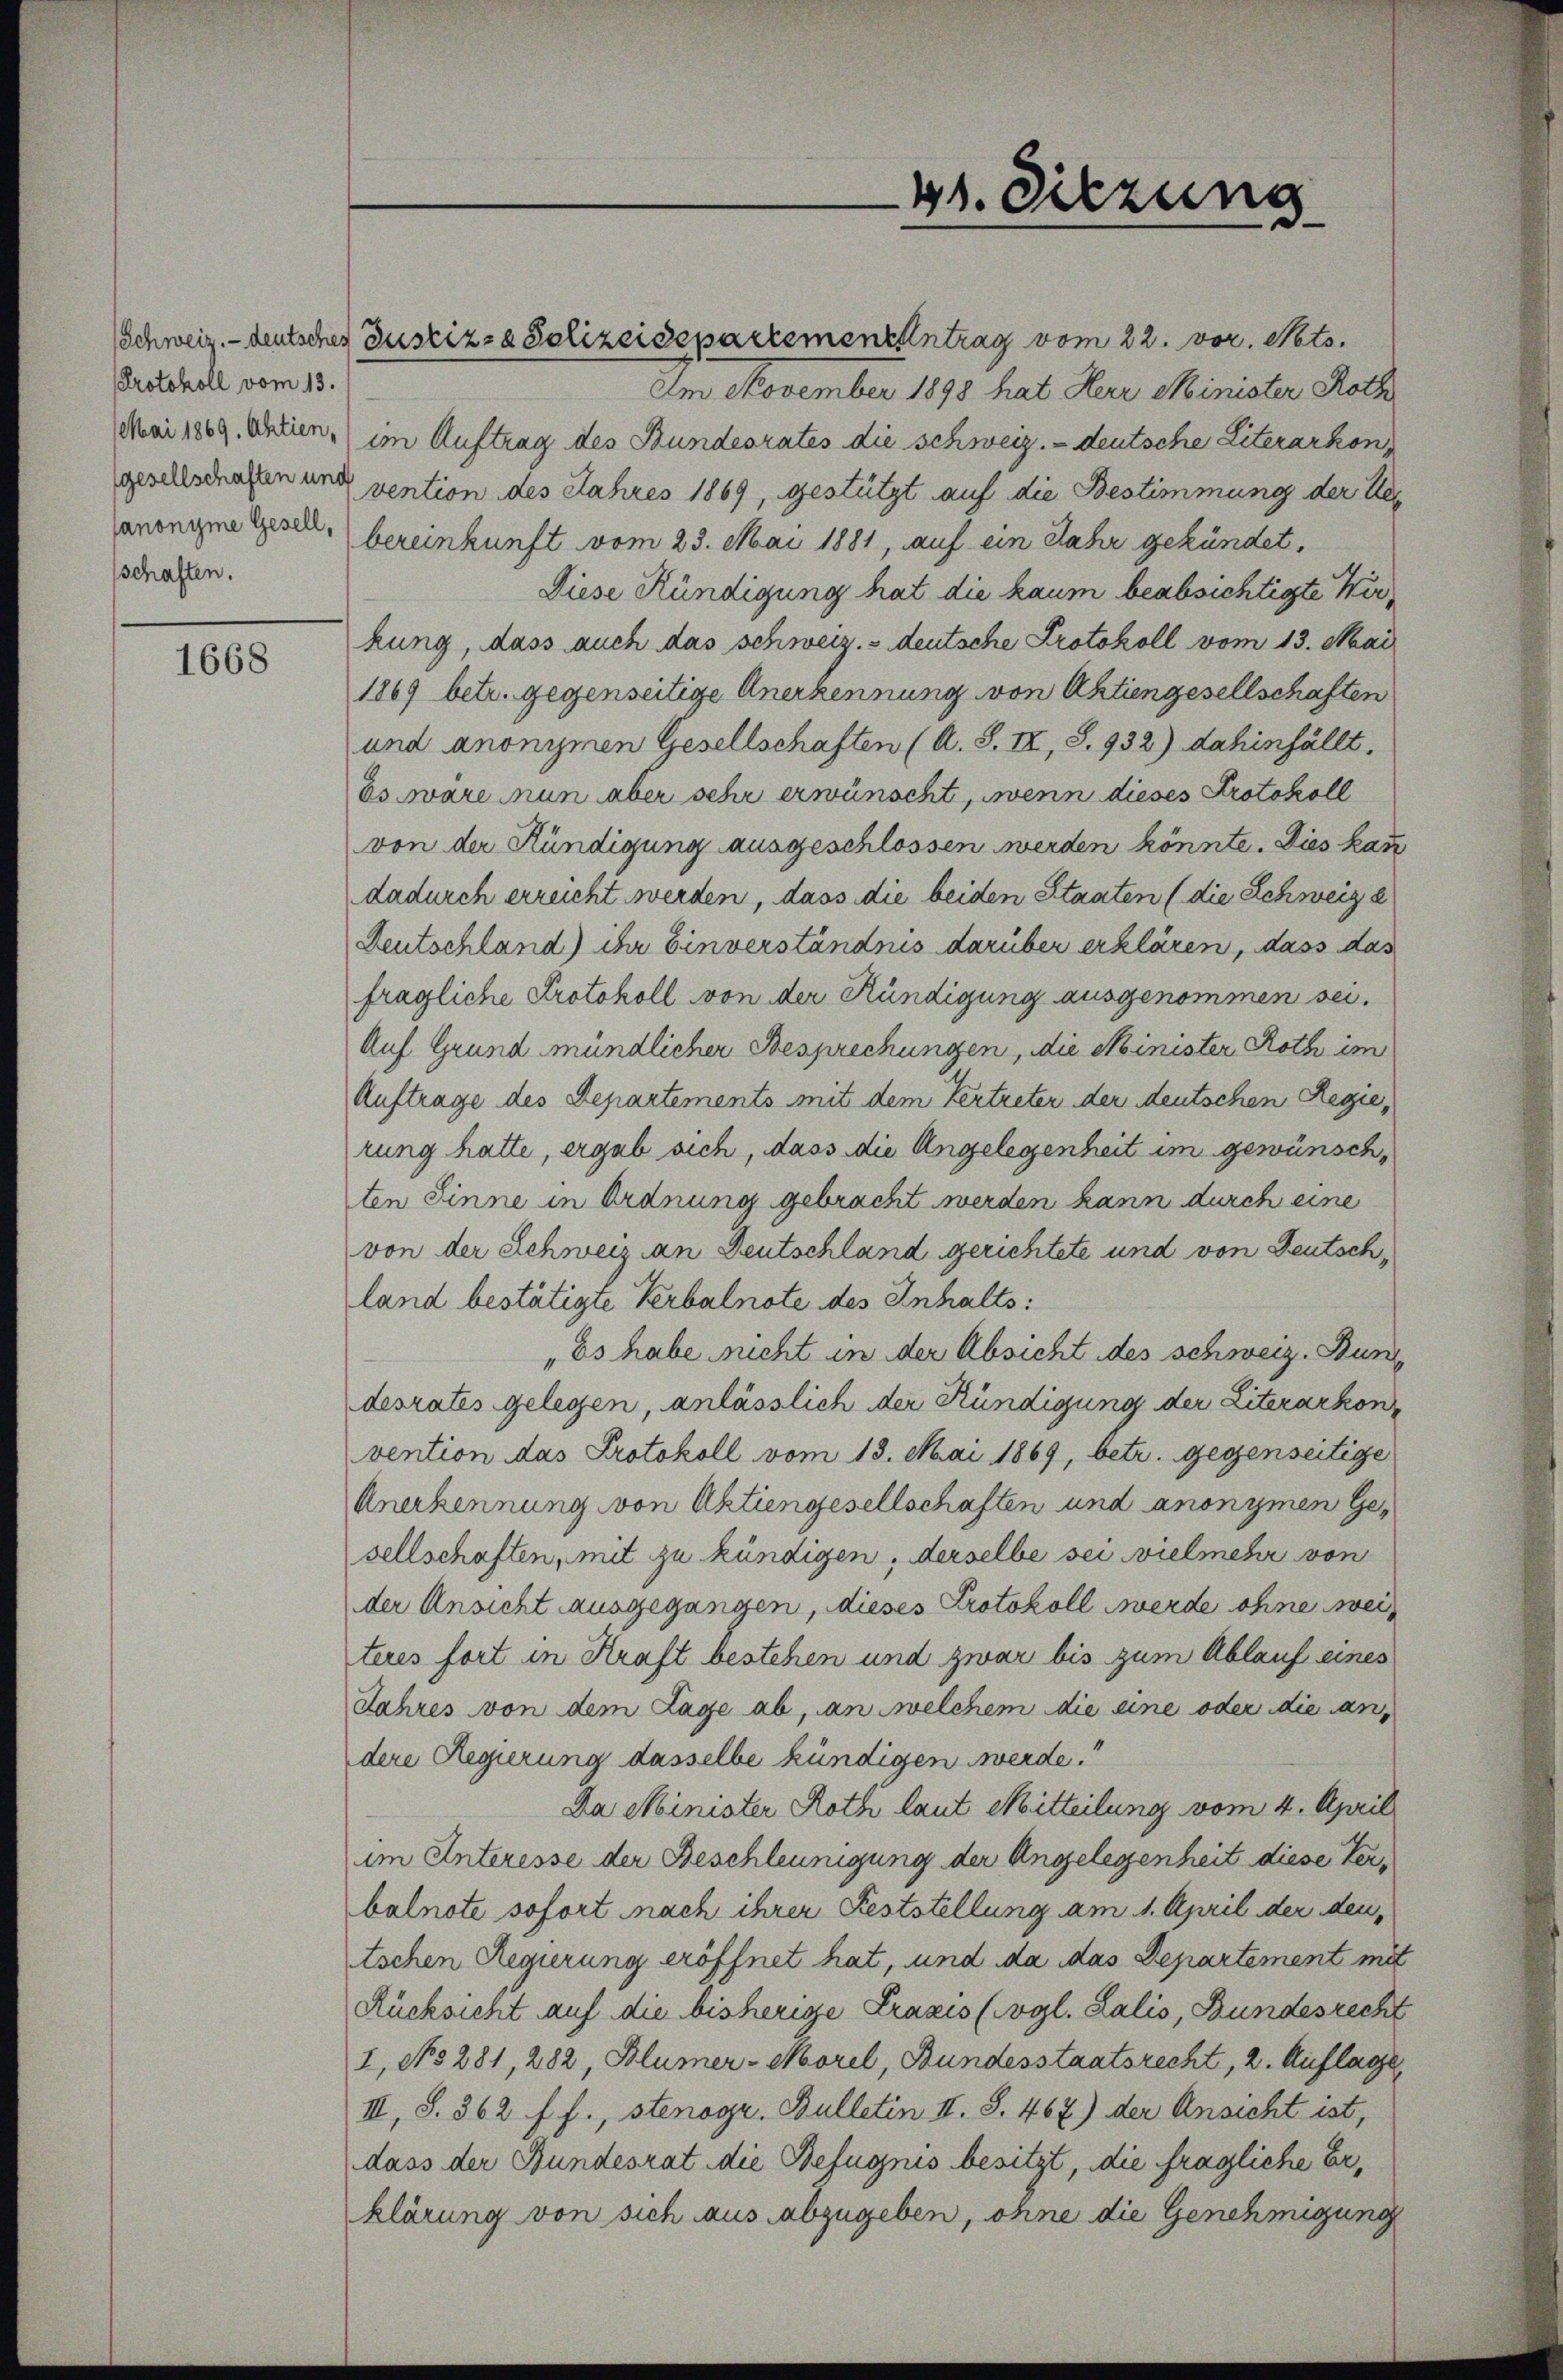
Protokoll vom 13.
schaften.

1668

SSchweiz.- deutsches Zustiz- & Polizeidepartementantrag vom 22. vor. Nots.
Am November 1898 hat Herr Minister Roth
Mai 1869. Aktien, (im Auftrag des Bundesrates die schweiz. - deutsche Literarkongesellschafen und vention des Jahres 1869, gestützt auf die Bestimmung der Her
anonyme Gesel, bereinkunft vom 23. Mai 1881, auf ein Jahr gekündet.
Diese Kündigung hat die kaum beabsichtigte Werkung, dass auch das schweiz. - deutsche Protokoll vom 13. Mai
1869 betr. gegenseitige Anerkennung von Aktiengesellschaften
und anonismen Gesellschaften (A. S. IX, S. 932) dahinfällt.
Es wäre nun aber sehr erwünscht, wenn dieses Protokoll
von der Kündigung ausgeschlossen werden könnte. Dies kan
dadurch erreicht werden, dass die beiden Staaten (die Schweiz e
Deutschland) ihr Einverständnis darüber erklären, dass das
fragliche Protokoll von der Kündigung ausgenommen sei.
Auf Grund mündlicher Besprechungen, die Minister Roth im
Zuftrage des Departements mit dem Vertreter der deutschen Regie
rung hatte, ergab sich, dass die Angelegenheit im gewünschten Sinne in Ordnung gebracht werden kann durch eine
von der Schweiz an Deutschland gerichtete und von Deutschland bestätigte Verbalnote des Inhalts:
Es habe nicht in der Absicht des schweiz. Bun
desrates gelegen, anlässlich der Kündigung der Literarkonvention das Protokoll vom 13. Mai 1869, betr. gegenseitige
Anerkennung von Aktiengesellschaften und anonymen Gesellschaften, mit zu kündigen, derselbe sei vielmehr von
der Ansicht ausgegangen, dieses Protokoll werde ohne wei
teres fort in Kraft bestehen und zwar bis zum Ablauf eines
Jahres von dem Lage ab, an welchem die eine oder die andere Regierung dasselbe kündigen werde.“
Da Minister Roth laut Mitteilung vom 4. April
im Interesse der Beschleunigung der Angelegenheit diese Verbalnote sofort nach ihrer Feststellung am 1. April der den
tschen Regierung eröffnet hat, und da das Departement mit
Rücksicht auf die bisherige Praxis (vgl. Salis, Bundesrecht
I, No 281, 282, Blümer-Morel, Bundesstaatsrecht, 2. Auflage
III, S. 362 f. f., stenogr. Bulletin II. S. 467) der Ansicht ist,
dass der Bundesrat die Befugnis besitzt, die fragliche Erklärung von sich aus abzugeben, ohne die Genehmigung

41. Sitzung